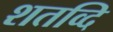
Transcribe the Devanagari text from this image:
शतव्दि